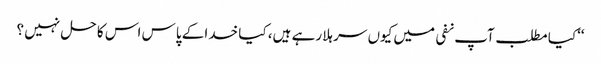
‘‘کیا مطلب آپ نفی میں کیوں سر ہلا رہے ہیں، کیا خدا کے پاس اس کا حل نہیں ؟